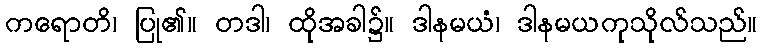
ကရောတိ၊ ပြု၏။ တဒါ၊ ထိုအခါ၌။ ဒါနမယံ၊ ဒါနမယကုသိုလ်သည်။